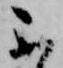
不